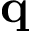
{ \bf q }